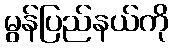
မွန်ပြည်နယ်ကို